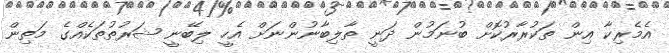
އެމެރިކާ އިން ތަކުރާރުކޮށް ބުނަމުން ދަނީ ތާލިބާނުންނަށް އެހީ ލިބޭނީ ޝަރުތުތަކެއްގެ މަތިން